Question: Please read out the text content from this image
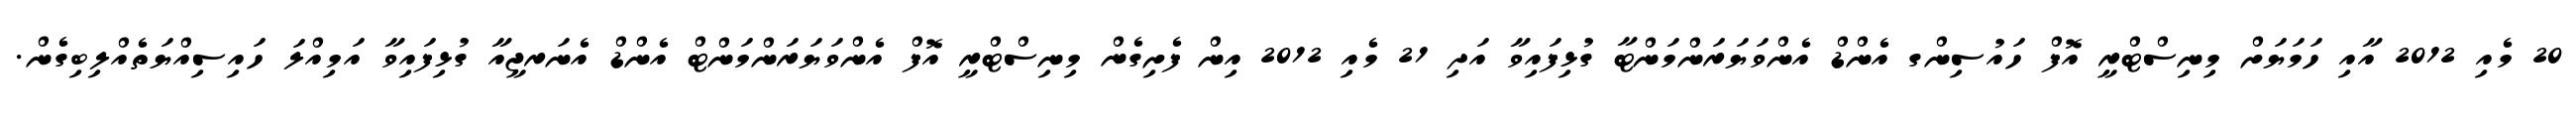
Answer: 20 މެއި 2012 އާއި ހަމަޔަށް މިނިސްޓްރީ އޮފް ހައުސިންގ އެންޑް އެންވަޔަރަންމަންޓާ ގުޅިފައިވާ އަދި 21 މެއި 2012 އިން ފެށިގެން މިނިސްޓްރީ އޮފް އެންވަޔަރަންމަންޓް އެންޑް އެނަރޖީއާ ގުޅިފައިވާ އަމިއްލަ ހައިސިއްޔަތެއްލިބިގެން.